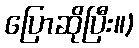
ပြောဆိုပြီး။)